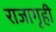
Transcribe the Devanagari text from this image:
राजागृही